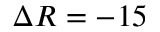
\Delta R = - 1 5